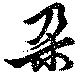
朶